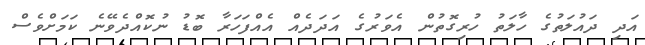
އަދި ދައުލަތުގެ ހާލަތު ހުރިގޮތުން އެވަރުގެ އަދަދެއް އެއްފަހަރާ ބޮޑު ނުކޮއްދެވޭނެ ކަމަށްވެސް